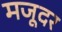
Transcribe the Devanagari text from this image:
मजूदर